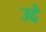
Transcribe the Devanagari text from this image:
उद्दे